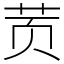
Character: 鿒